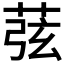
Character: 𦱁